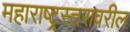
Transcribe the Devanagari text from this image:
महाराष्ट्रस्तरावरील